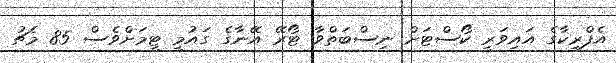
އެފްރިކާގެ އައިވަރީ ކޯސްޓަށް ނިސްބަތްވާ ޓޯރޭ އޭނާގެ ގައުމީ ޓީމަށްވެސް 85 މެޗު